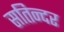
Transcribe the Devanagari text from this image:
सतिन्दर